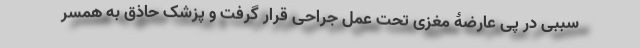
سببی در پی عارضۀ مغزی تحت عمل جراحی قرار گرفت و پزشک حاذق به همسر